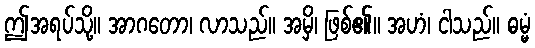
ဤအရပ်သို့။ အာဂတော၊ လာသည်။ အမှိ၊ ဖြစ်၏။ အဟံ၊ ငါသည်။ ဓမ္မံ